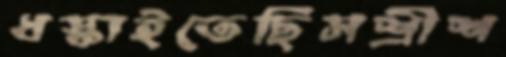
ধস্‌কাইতেছিসশ্রীশ